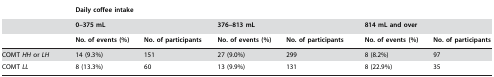
<table><thead><tr><td></td><td colspan="6"><b>Daily coffee intake</b></td></tr><tr><td></td><td colspan="2"><b>0–375 mL</b></td><td colspan="2"><b>376–813 mL</b></td><td colspan="2"><b>814 mL and over</b></td></tr><tr><td></td><td><b>No. of events (%)</b></td><td><b>No. of participants</b></td><td><b>No. of events (%)</b></td><td><b>No. of participants</b></td><td><b>No. of events (%)</b></td><td><b>No. of participants</b></td></tr></thead><tbody><tr><td>COMT <i>HH</i> or <i>LH</i></td><td>14 (9.3%)</td><td>151</td><td>27 (9.0%)</td><td>299</td><td>8 (8.2%)</td><td>97</td></tr><tr><td>COMT <i>LL</i></td><td>8 (13.3%)</td><td>60</td><td>13 (9.9%)</td><td>131</td><td>8 (22.9%)</td><td>35</td></tr></tbody></table>